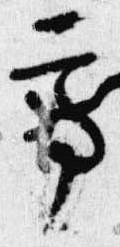
亭